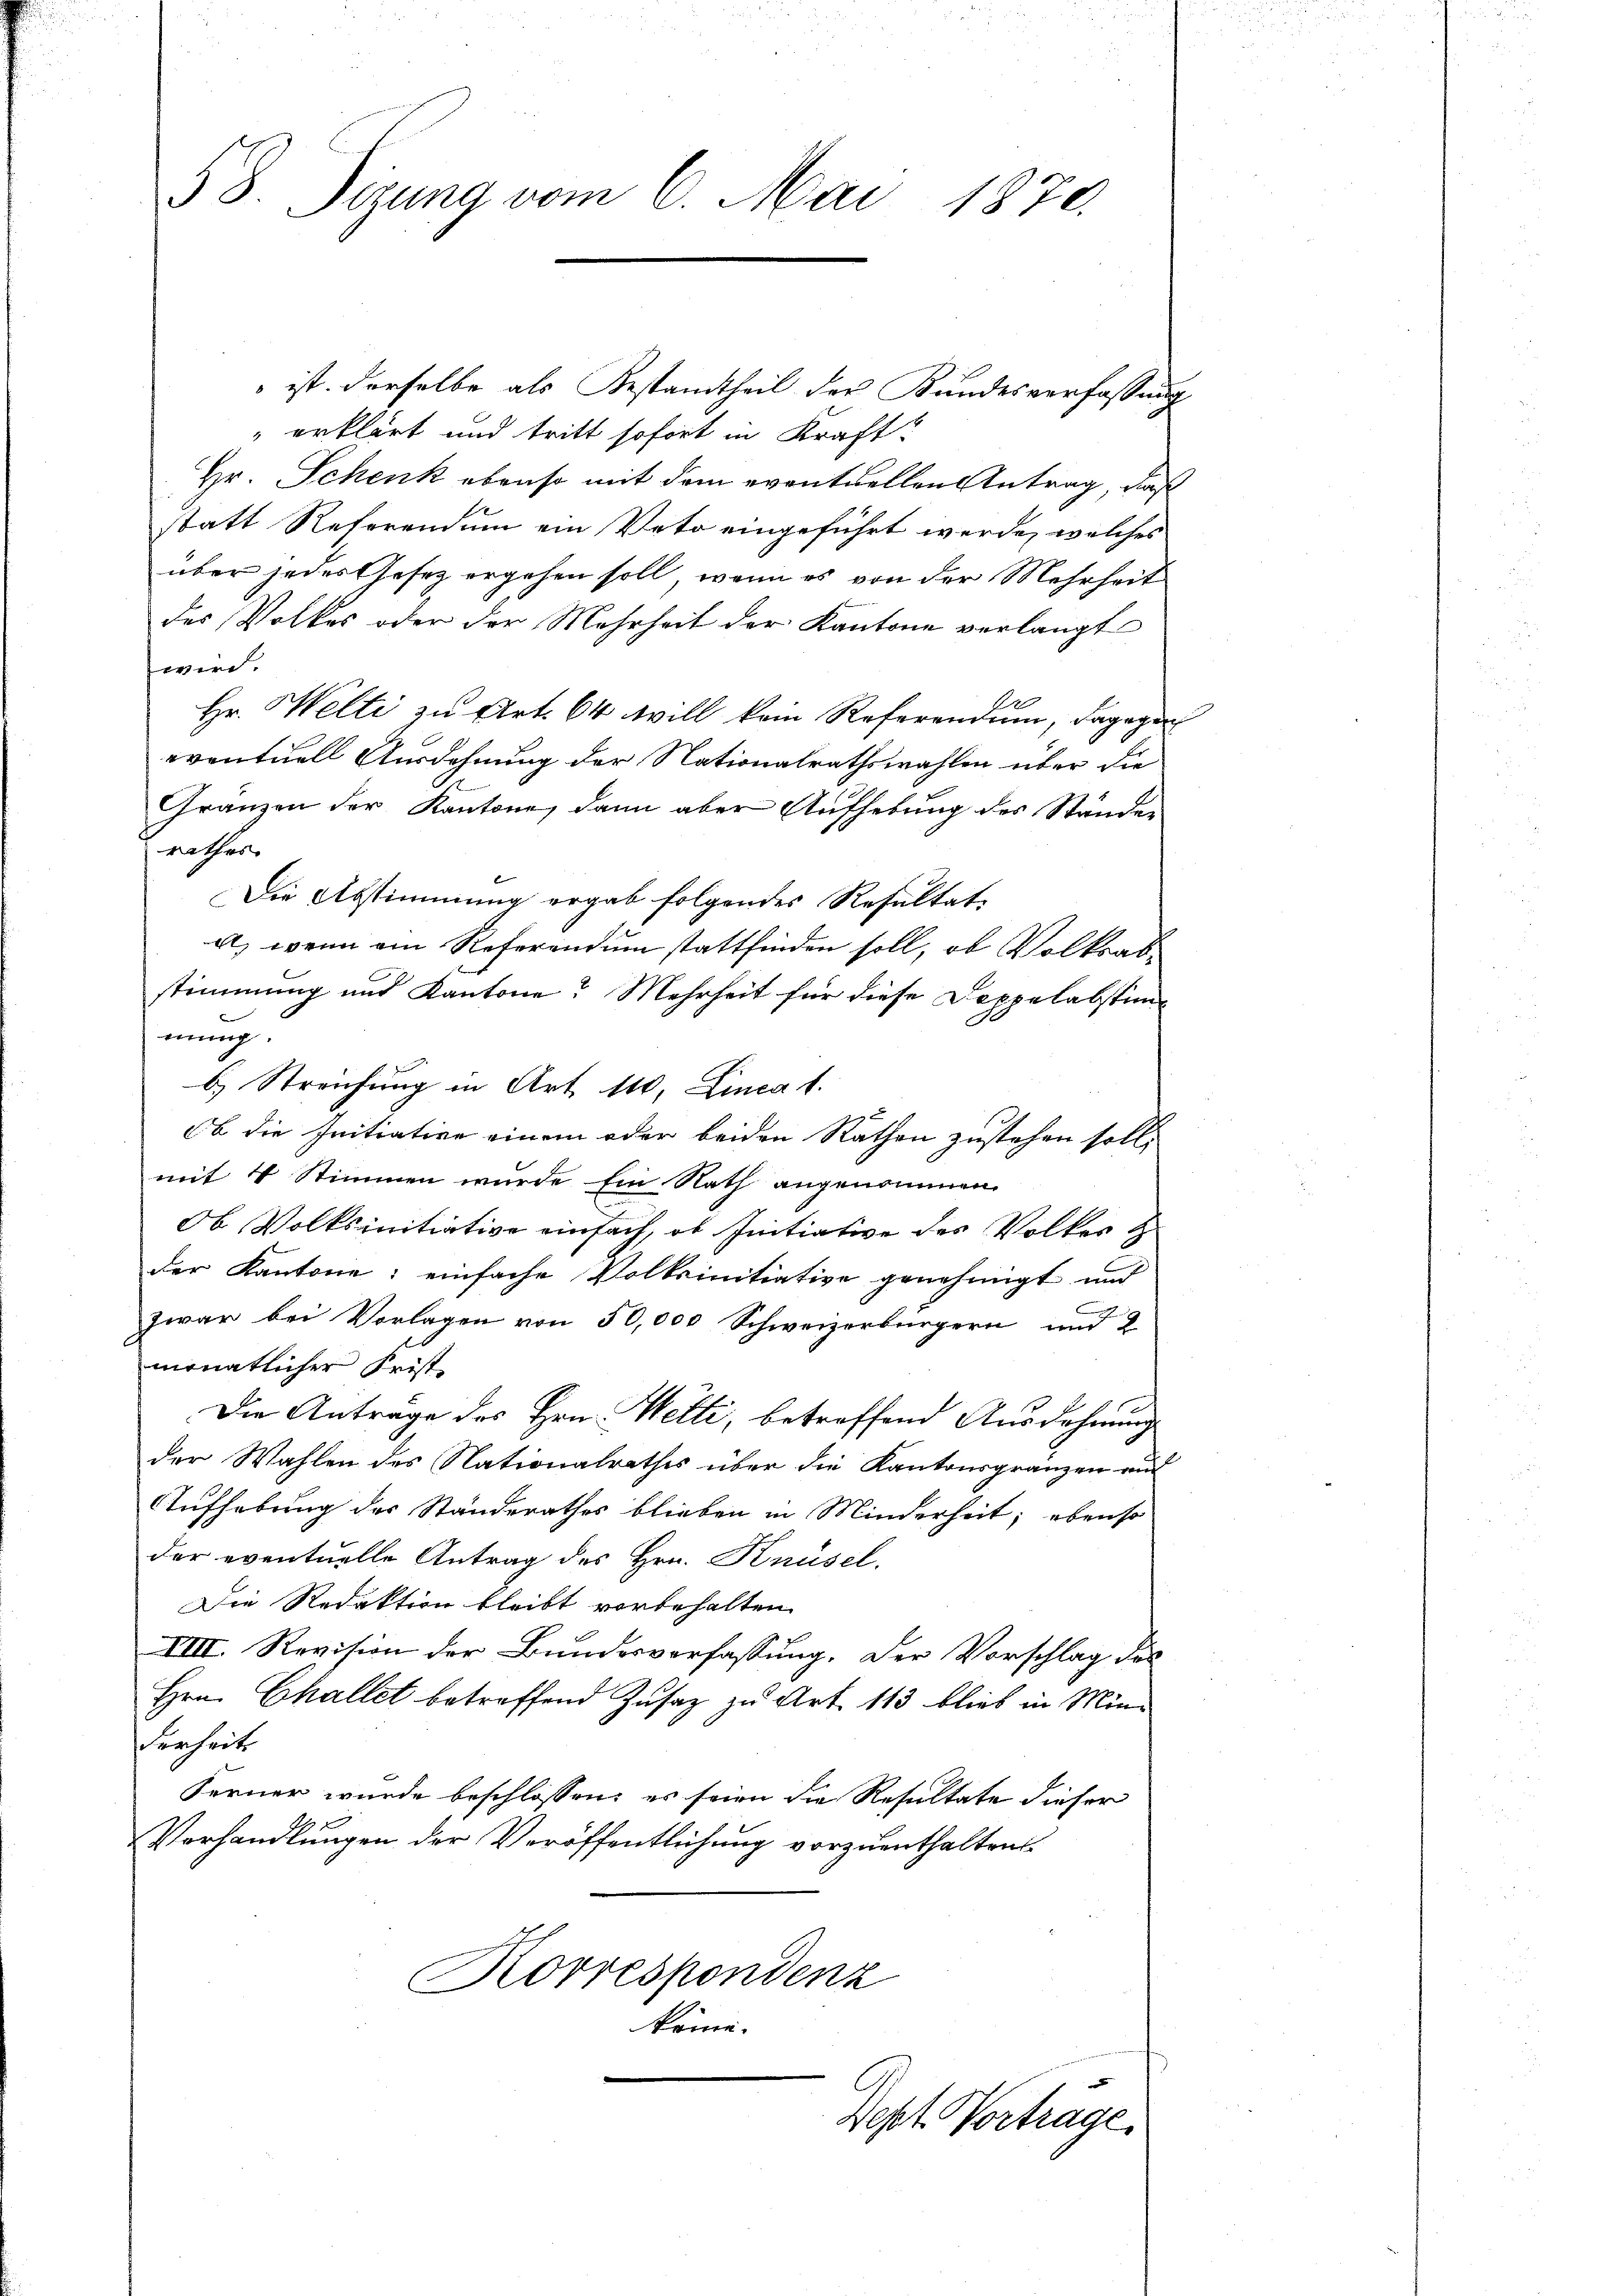
38. Sizung vom 6. Mai 1870.

ist derselbe als Bestandtheil der Kundesverfassung
 erklärt und tritt sofort in Kraft:
Hr. Schenk ebenso mit dem eventuellen Antrag, daß
statt Referendum ein Veto eingeführt werde, welches
über jedes Gesez ergehen soll, wenn es von der Mehrheit
des Volkes oder der Mehrheit der Kantone verlangt
wird.
10
Hr. Welti zu Art. 64 will kein Referendum, dagegen
eventuell Ausdehnung der Nationalrathswahlen über die
Gränzen der Kantone, dann aber Aufhebung des Ständen
either,
Die Abstimmung ergab folgendes Resultate
a, wenn ein Referendum stattfinden soll, ob Volksabstimmung und Kantone? Mehrheit für diese Doppelabstinmung.
b. Streichung in Art. 110, Lineat.
Ob die Initiative einem oder beiden Räthen zustehen soll,
mit 4 Stimmen wurde Ein Rath angenommen
Ob Volksinitiative einfach, ob Initiative des Volkes d
der Kantone: einfache Volksinitiative genehmigt und
zwar bei Vorlagen von 50,000 Schweizerbürgern und 2
monatlicher Frist
Die Antrage des Hrn. Welti, betreffend Ausdehnung
der Wahlen des Nationalrathes über die Kantonsgränzen auf
Aufhebung des Standerathes blieben in Minderheit; ebenso
der eventuelle Antrag des Hrn. Knüsel.
Die Redaktion bleibt vorbehalten.
VIII. Revision der Bundesverfassung. Der Vorschlag des
Hrn. Challet betreffend Zusatz zu Art. 113 blieb in Minderheits
Ferner wurde beschlossen: es seien die Resultate dieser
Verhandlungen der Veröffentlichung vorzuenthalten.
Korrespondenz
könne.
Dept. Vorträge.